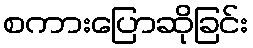
စကားပြောဆိုခြင်း